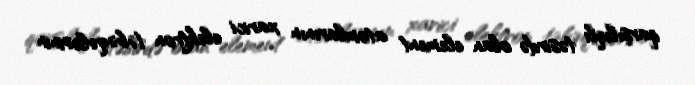
qarşılıqlı təsirdə olan element atomlarının xarici elektron təbəqələrinin